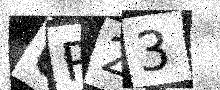
Text: UR23